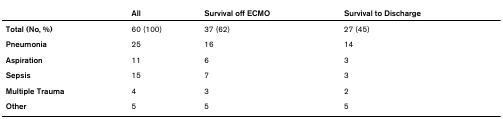
|  | All | Survival off ECMO | Survival to Discharge |
 | --- | --- | --- | --- |
 | Total (No, %) | 60 (100) | 37 (62) | 27 (45) |
 | Pneumonia | 25 | 16 | 14 |
 | Aspiration | 11 | 6 | 3 |
 | Sepsis | 15 | 7 | 3 |
 | Multiple Trauma | 4 | 3 | 2 |
 | Other | 5 | 5 | 5 |